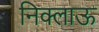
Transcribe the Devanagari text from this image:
निक्लाऊ